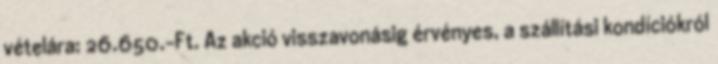
vételára: 26.650.-Ft. Az akció visszavonásig érvényes, a szállítási kondíciókról